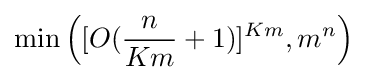
\min \left([O({\frac {n}{Km}}+1)]^{Km},m^{n}\right)